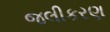
જલીકરણ